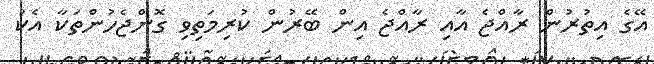
އޭގެ އިތުރުން ރާއްޖެ އާއި ރާއްޖެ އިން ބޭރުން ކުރިމަތިވި ގޮންޖެހުންތަކާ އެކު